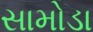
સામોડા